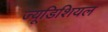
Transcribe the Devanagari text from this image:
ज्यूडिशियल